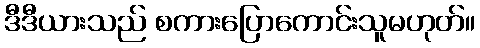
ဒီဒီယားသည် စကားပြောကောင်းသူမဟုတ်။